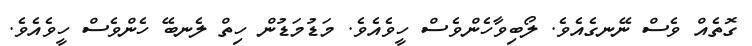
ގޮތެއް ވެސް ނޭނގެއެވެ. ލޯބިވާހެންވެސް ހީވެއެވެ. މަޑުމަޑުން ހިތް ލެނބޭ ހެންވެސް ހީވެއެވެ.